Annual report on the lock hospitals of the Madras Presidency
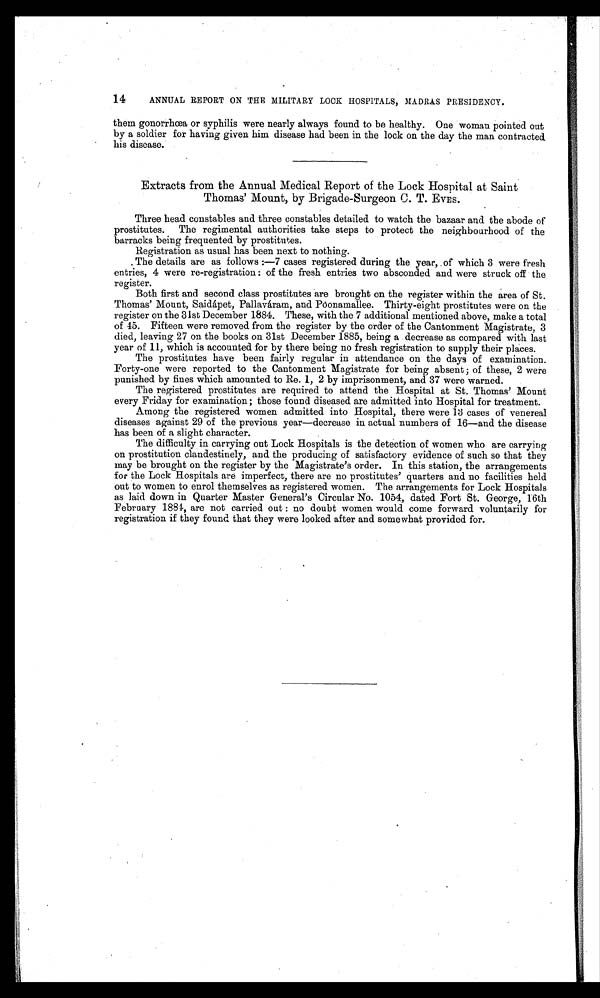
14
ANNUAL REPORT ON THE MILITARY LOCK HOSPITALS, MADRAS PRESIDENCY.
them gonorrhœa or syphilis were nearly always found to be healthy. One woman pointed out
by a soldier for having given him disease had been in the lock on the day the man contracted.
his disease.
Extracts from the Annual Medical Report of the Lock Hospital at Saint
Thomas' Mount, by Brigade-Surgeon C. T . EVES.
Three head constables and three constables detailed to watch the bazaar and the abode of
prostitutes. The regimental authorities take steps to protect the neighbourhood of the
barracks being frequented by prostitutes.
Registration as usual has been next to nothing.
The details are as follows :—7 cases registered during the year, .of which 3 were fresh
entries, 4 were re-registration : of the fresh entries two absconded and were struck off the
register.
Both first and second class prostitutes are brought on the register within the area of St.
Thomas' Mount, Saidápet, Pallaváram, and Pơonamallee. Thirty-eight prostitutes were on the
register on the 31st December 1884. These, with the 7 additional mentioned above, make a total
of 45. Fifteen were removed from the register by the order of the Cantonment Magistrate 3
died, leaving 27 on the books on 31st December 1885, being a decrease as compared with fast
year of 11, which is accounted for by there being no fresh registration to supply their places.
The prostitutes have been fairly regular in attendance on the days of examination.
Forty-one were reported to the Cantonment Magistrate for being absent; of these, 2 were
punished by fines which amounted to Re. 1, 2 by imprisonment, and 37 were warned.
The registered prostitutes are required to attend the Hospital at St. Thomas' Mount
every Friday for examination; those found diseased are admitted into Hospital for treatment.
Among the registered women admitted into Hospital, there were 13 cases of venereal
diseases against 29 of the previous year—decrease in actual numbers of 16—and the disease
has been of a slight character.
The difficulty in carrying out Lock Hospitals is the detection of women who are carrying
on prostitution clandestinely, and the producing of satisfactory evidence of such so that they
may be brought on the register by the Magistrate's order. In this station, the arrangements
for the Lock Hospitals are imperfect, there are no prostitutes' quarters and no facilities held
out to women to enrol themselves as registered women. The arrangements for Lock Hospitals
as laid down in Quarter Master General's Circular No. 1054, dated Fort St. George, 16th
February 1884, are not carried out : no doubt women would come forward voluntarily for
registration if they found that they were looked after and somewhat provided for.